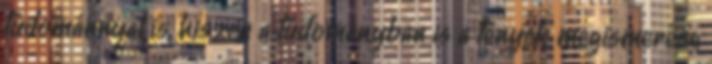
tudománnyal is, hiszen a tudományban is a tények megismerése